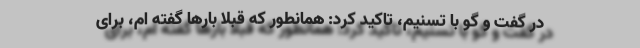
در گفت و گو با تسنیم، تاکید کرد: همانطور که قبلا بارها گفته ام، برای